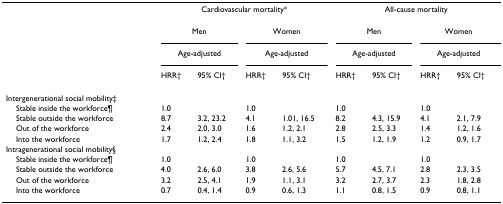
<table><thead><tr><td></td><td colspan="4"><b>Cardiovascular mortality*</b></td><td colspan="4"><b>All-cause mortality</b></td></tr><tr><td></td><td colspan="2"><b>Men</b></td><td colspan="2"><b>Women</b></td><td colspan="2"><b>Men</b></td><td colspan="2"><b>Women</b></td></tr><tr><td></td><td colspan="2"><b>Age-adjusted</b></td><td colspan="2"><b>Age-adjusted</b></td><td colspan="2"><b>Age-adjusted</b></td><td colspan="2"><b>Age-adjusted</b></td></tr><tr><td></td><td><b>HRR†</b></td><td><b>95% CI†</b></td><td><b>HRR†</b></td><td><b>95% CI†</b></td><td><b>HRR†</b></td><td><b>95% CI†</b></td><td><b>HRR†</b></td><td><b>95% CI†</b></td></tr></thead><tbody><tr><td>Intergenerational social mobility‡</td><td></td><td></td><td></td><td></td><td></td><td></td><td></td><td></td></tr><tr><td> Stable inside the workforce¶</td><td>1.0</td><td></td><td>1.0</td><td></td><td>1.0</td><td></td><td>1.0</td><td></td></tr><tr><td> Stable outside the workforce</td><td>8.7</td><td>3.2, 23.2</td><td>4.1</td><td>1.01, 16.5</td><td>8.2</td><td>4.3, 15.9</td><td>4.1</td><td>2.1, 7.9</td></tr><tr><td> Out of the workforce</td><td>2.4</td><td>2.0, 3.0</td><td>1.6</td><td>1.2, 2.1</td><td>2.8</td><td>2.5, 3.3</td><td>1.4</td><td>1.2, 1.6</td></tr><tr><td> Into the workforce</td><td>1.7</td><td>1.2, 2.4</td><td>1.8</td><td>1.1, 3.2</td><td>1.5</td><td>1.2, 1.9</td><td>1.2</td><td>0.9, 1.7</td></tr><tr><td>Intragenerational social mobility§</td><td></td><td></td><td></td><td></td><td></td><td></td><td></td><td></td></tr><tr><td> Stable inside the workforce¶</td><td>1.0</td><td></td><td>1.0</td><td></td><td>1.0</td><td></td><td>1.0</td><td></td></tr><tr><td> Stable outside the workforce</td><td>4.0</td><td>2.6, 6.0</td><td>3.8</td><td>2.6, 5.6</td><td>5.7</td><td>4.5, 7.1</td><td>2.8</td><td>2.3, 3.5</td></tr><tr><td> Out of the workforce</td><td>3.2</td><td>2.5, 4.1</td><td>1.9</td><td>1.1, 3.1</td><td>3.2</td><td>2.7, 3.7</td><td>2.3</td><td>1.8, 2.8</td></tr><tr><td> Into the workforce</td><td>0.7</td><td>0.4, 1.4</td><td>0.9</td><td>0.6, 1.3</td><td>1.1</td><td>0.8, 1.5</td><td>0.9</td><td>0.8, 1.1</td></tr></tbody></table>